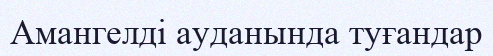
Амангелді ауданында туғандар